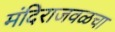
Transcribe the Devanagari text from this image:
मंदिराजवळचा